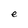
Character: e